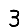
Digit: 3